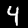
Label: 4